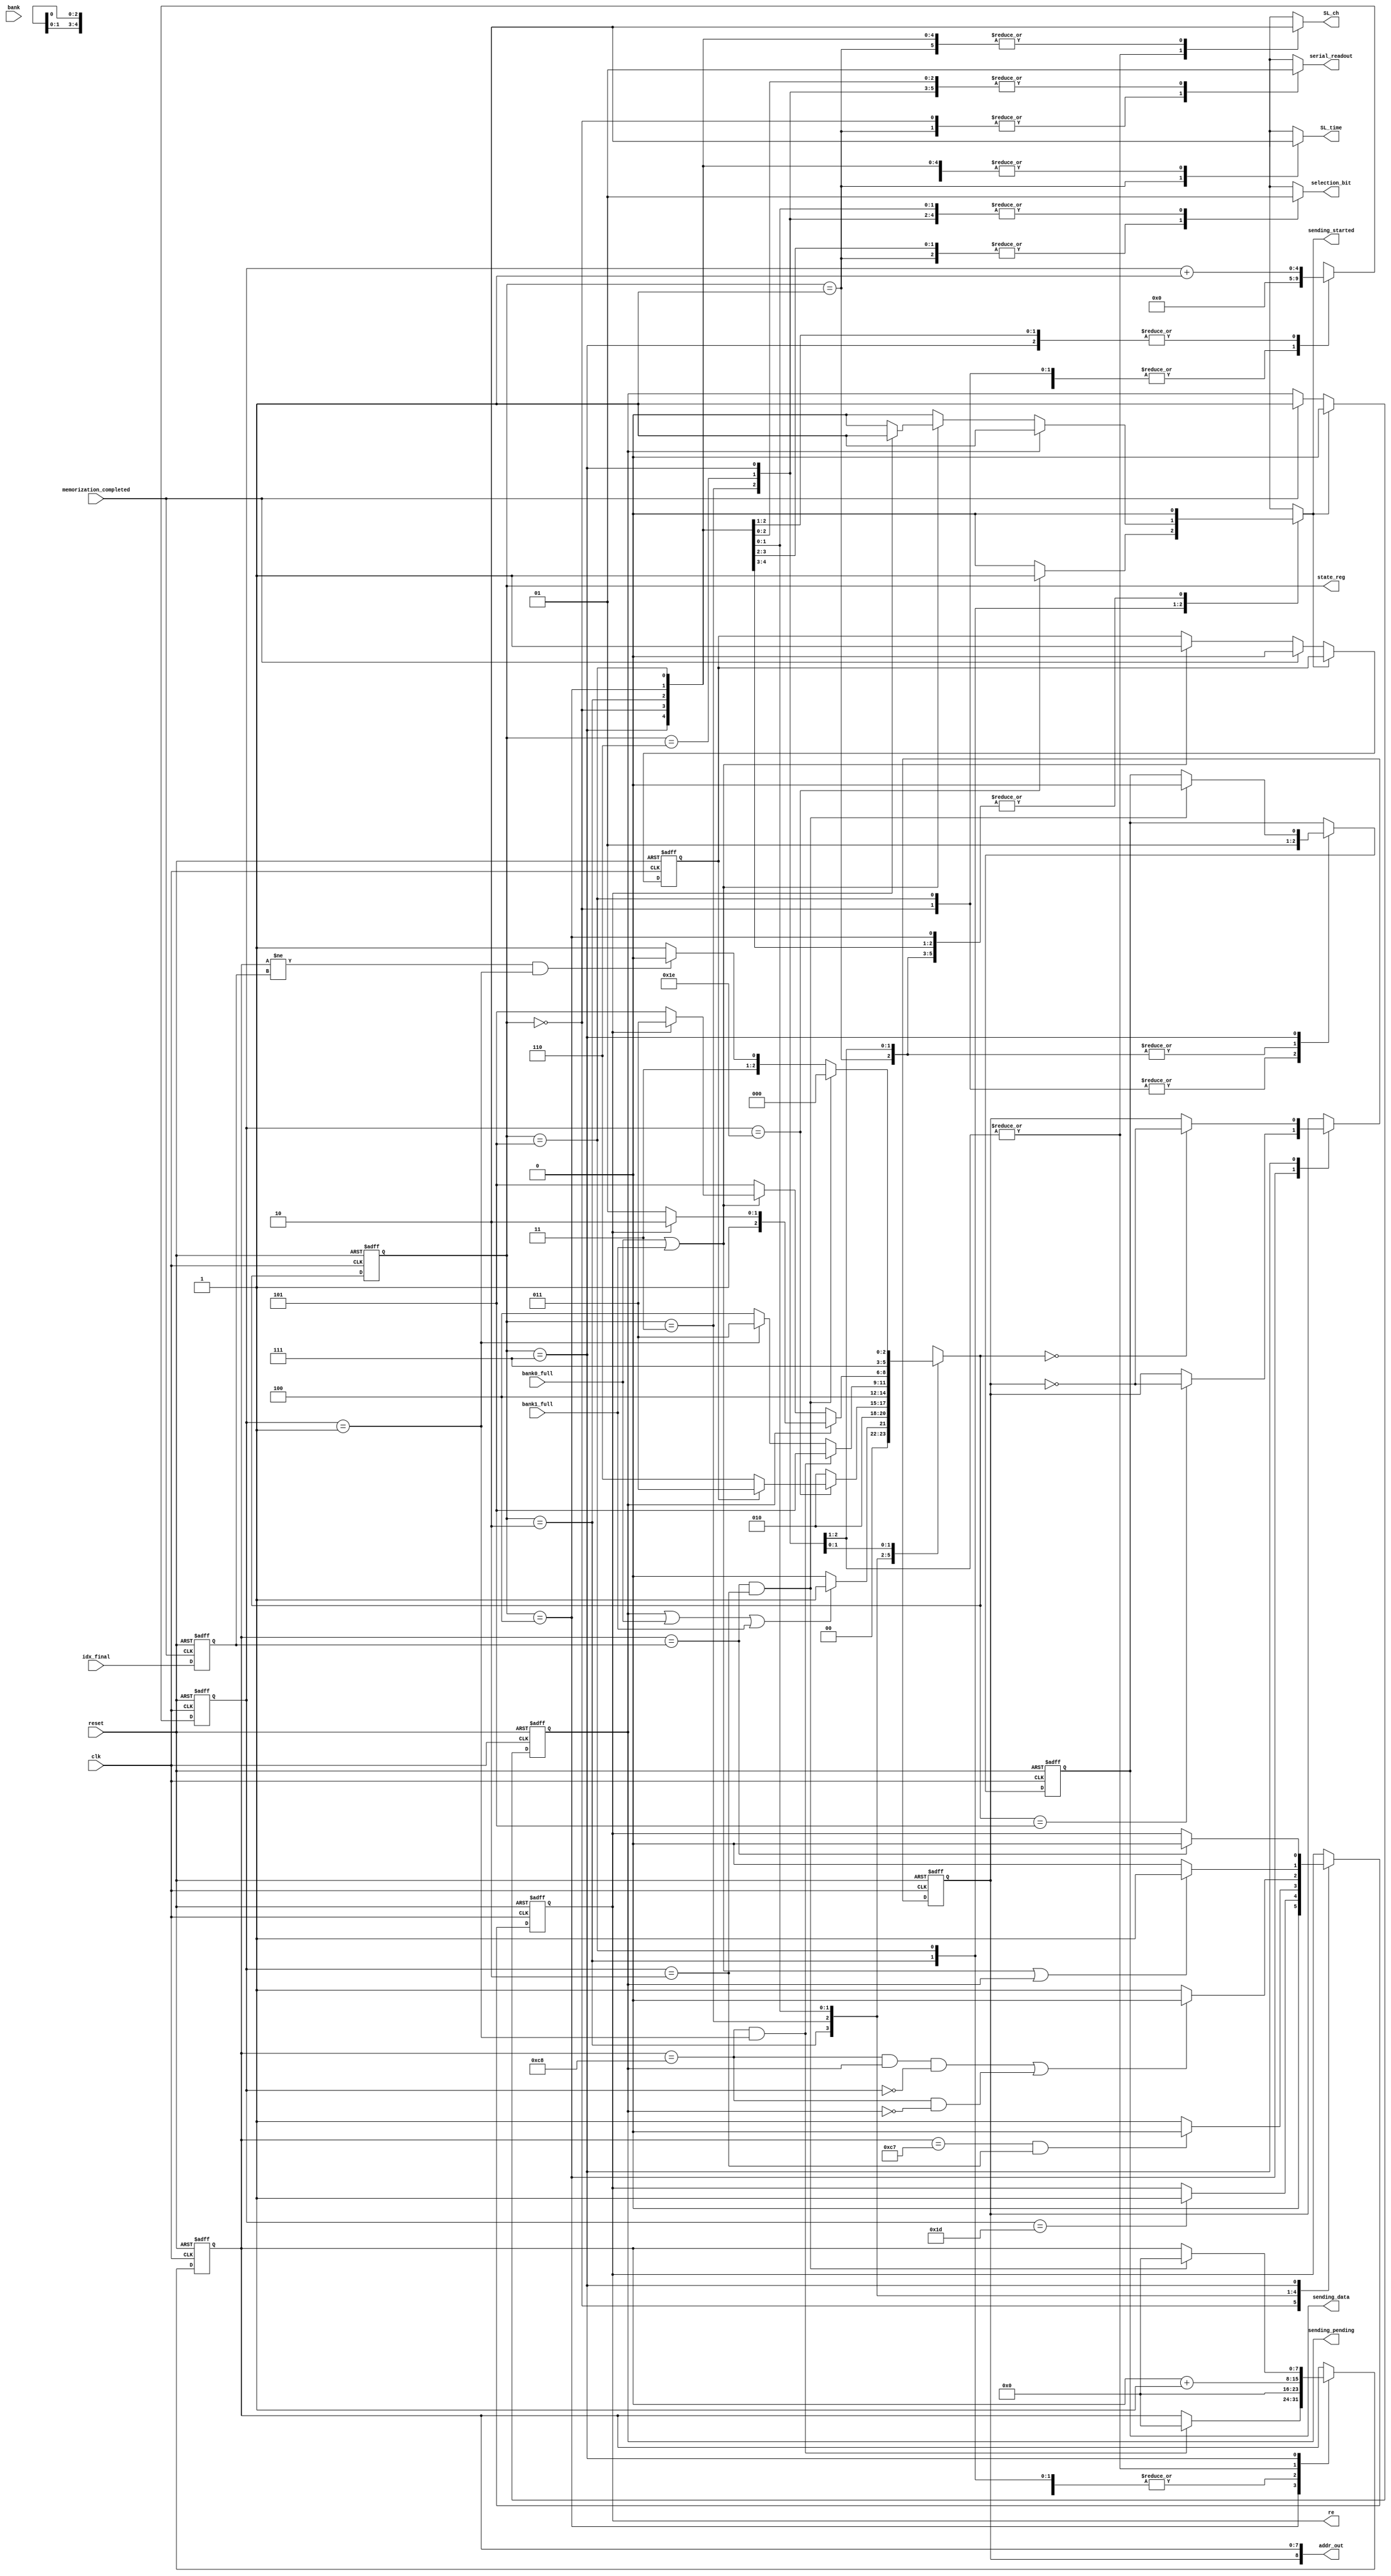
module FSM(
	input clk, reset, bank0_full, bank1_full, memorization_completed, bank,
	input [7:0] idx_final, 
	output [8:0] addr_out, 
	output reg [2:0] state_reg,
	output reg SL_ch, SL_time, selection_bit, re, serial_readout, sending_data, sending_started, sending_pending
	);


  
  reg [7:0] idx, reg_idx_final;
  reg [2:0] state_next;
  reg [4:0] cpt;
  reg signal_duration, read_bank;
  localparam [2:0]
  s0 = 0,
  s1 = 1,
  s2 = 2,
  s3 = 3,
  s4 = 4,
  s5 = 5,
  s6 = 6,
  s7 = 7;	

  //reg signal_duration; //0 => short signal (<200 us), 1 => long signal (>200us)
  //reg[2:0] state_reg, state_next;
  //reg sending_pending, sending_started;

  
  assign addr_out[7:0] = idx[7:0];
	assign addr_out[8] = read_bank;


// change state process
always @(posedge clk or posedge reset) begin
	if (reset) begin
		state_reg <= s0;
      	end 
	else begin        
      state_reg <=  state_next; 
    end
end


// sequential outputs of the state machine
// idx => counter for read address in memory
// re => read_enable
// cpt => counter for number of bits sent
// sending_data => '1' when bits are sent (RTC or memory)
always @(posedge clk or posedge reset) begin
	if(reset) begin
		re <= 0;
		cpt <= 0;
		idx <= 0;
		sending_data <= 0;
		 read_bank <= 0;
	end
	else begin
	case (state_reg)
		s0 : begin //wait for a emission
			re <= 0;
			cpt <= 0;
			idx <= 0;
			sending_data <= 0;
		end
		s1 : begin //load of RTC
			
			cpt <= 0;
			idx <= 0;
			sending_data <= 1;
		end
		s2 : begin //shift of RTC
			idx <= 0;
			cpt <= cpt + 1;//counter increment
			
			if(cpt == 5'b11101) begin //all bits of RTC have been sent => enable reading of memories
				re <= 1; 
			end
			
		end
		s3 : begin //load of memory data (in case of reading full memory)
			cpt <= 0;
			sending_data <= 1;
			
			idx <= idx + 1; //reading address increment
			if(idx == 199 && cpt == 2) begin // if the memory has been completely read => disable reading
				re <= 0;
			end
			else begin
				re <= 1;
			end
			
		end	
		s4 : begin //shift of memory data (in case of reading full memory)
			cpt <= cpt + 1; //counter increment
			
			if(idx == 200 && cpt == 1) begin //reset of idx counter when memory has been completely read 
				idx <= 0;
			end
			
			if(state_next == s5) begin
				read_bank <= ~read_bank;
			end
			
			// if memory has been completely read => disable reading
			if((idx==200 && sending_pending == 1 && cpt == 0) || (idx==200 && sending_pending == 0)) begin
				re <= 0;
			end
			else begin
				re <= 1;
			end
			
		end
		s5 : begin //waiting for sending next bank
			cpt <= 0;
			idx <= 0;
			sending_data <= 0;
			
			//memorization ended => enable reading
			if(bank0_full == 1 || bank1_full == 1 || sending_pending) begin
				re <= 1;
			end
			else begin
				re <= 0;
			end
			
		end 
		s6 : begin //load of memory data (in case of reading part of memory)
			cpt <= 0;
			idx <= idx + 1; //reading address increment
			sending_data <= 1;
		end
		s7 : begin//shift of memory data (in case of reading part of memory)
			cpt <= cpt + 1; //counter increment
			
			if(state_next == s0) begin
				read_bank <= ~read_bank;
			end
			
			//reset idx counter when the reading address reaches the final address
			if(idx == reg_idx_final  && cpt == 2) begin
				idx <= 0;
				sending_data <= 0;
				
			end
			
			if(idx == reg_idx_final) begin //when reaching final address => disable reading
				re <= 0;
			end
			
		end
		 endcase
	end                                                                              
end

// asynchronous process, when a memorization end => register final address
always @(posedge memorization_completed or posedge reset) begin

	if(reset) begin   
		reg_idx_final <= 0; 
	end
	else begin
		reg_idx_final <= idx_final;						
	end                                                                   
end
 
// sequential outputs which do not depend on the state
// signal_duration => when '1', a bank has been completely filled (AE last longer than 200 us)
// sending_pending => '1' when the acquisition ended but readout is still in progress 
always @(posedge clk or posedge reset) begin

	if(reset) begin
		signal_duration <= 0; 
      sending_pending <= 0;  
	end
	else begin
		if(sending_started) begin
			sending_pending <= 0;
		end
		else if(memorization_completed) begin
			sending_pending <= 1; 
			signal_duration <= 0; //short signal
		end
		else if(bank0_full || bank1_full) begin
			signal_duration <= 1; //long signal	
		end
	end                                                                   
end
/*
//asynchonous process for changing bank, when a sending starts => changing the bank to read into
always @(posedge sending_started or posedge reset) begin
	if(reset) begin
      read_bank <= 1;  
	end
	else if(sending_started) begin
		read_bank <= ~read_bank;
	end
end
*/

//combinatory outputs of the state machine
//sending_started => pulse when we start to read memory 
//serial_readout => '1' when datas of an AE are sent
always @(*) begin 

	//Default
   state_next = state_reg;
	SL_ch = 0;
	SL_time = 0;
	selection_bit = 0;
	serial_readout = 0;
	sending_started = 0;

        case (state_reg)
            s0 : begin
					SL_ch = 0;
					SL_time = 0;
					selection_bit = 0;
					serial_readout = 0;
					sending_started = 0;

					//a acquisition ended => start sate machine
					if (sending_pending == 1 || bank0_full== 1 || bank1_full== 1) begin 
                    	state_next = s1;
					end
					else begin
                    	state_next = s0;
					end	
					
				end
				
            s1: begin//load of RTC

					SL_ch = 0;
					SL_time = 1;
					serial_readout = 0;
					selection_bit = 0;
					sending_started = 0;
					state_next = s2;

				end	  
				
            s2: begin //shift of RTC

					serial_readout = 1;
					SL_ch = 0;
					SL_time = 0;
					selection_bit = 0;
					
					//when all the bits of RTC have been sent => sending of memory
					if (cpt == 5'b11110) begin    
						sending_started = 1;
						if(signal_duration) begin	
							state_next = s3; //full memory must be read
						end
						else begin
							state_next = s6; //part of memory must be read
						end
					end
					else begin
						sending_started = 0;
                  state_next = s2;
					end
				end
            s3: begin //load of memory data (in case of reading full memory)

					selection_bit = 1;
					serial_readout = 1;
					SL_ch = 1;
					SL_time = 0;
					sending_started = 0;
               state_next = s4;

				end
				
            s4: begin//shift of channel memory (in case of reading full memory)

					selection_bit = 1;
					serial_readout = 1;
					SL_ch = 0;
					SL_time = 0;
					sending_started = 0;
	
					if (idx == 200 && cpt == 1) begin //all memory has been read => wait for next sending     
						state_next = s5;
					end
					else if (cpt == 1) begin 
						state_next = s3;
					end
					else begin
						state_next = s4;
					end
				end

            s5: begin//waiting for sending next bank
				
					selection_bit = 1;
					SL_ch = 0;
					SL_time = 0;
					serial_readout = 1;
		

					if (sending_pending == 1) begin //part of a bank must be sent  
						sending_started = 1;
						if(re == 1) begin //check that reading has been enable
							state_next = s6;	
						end
						else begin 
							state_next = s5;
						end
					end
					else if(bank0_full == 1 || bank1_full == 1) begin //full bank must be sent 
						
						if(re == 1) begin //check that reading has been enable
							sending_started = 1;
							state_next = s3;
						end
						else begin
							sending_started = 0;
							state_next = s5;
						end
				
					end
					else begin
						sending_started = 0;
						state_next = s5;
					end
				end

            s6: begin //load of channel memory (in case of reading part of memory)

					selection_bit = 1;
					SL_ch = 1;
					SL_time = 0;
					serial_readout = 1;
					sending_started = 0;
               state_next = s7;

				end

				s7: begin//shift of channel memory (in case of reading part of memory)

					selection_bit = 1;
					serial_readout = 1;
					SL_ch = 0;
					SL_time = 0;
					sending_started = 0;

					//all the datas of an AE have been sent => return to state S0
					if (idx == reg_idx_final && cpt == 2) begin 
						state_next = s0;
					end
					else if (idx != reg_idx_final && cpt == 1) begin
						state_next = s6;
					end
					else begin
						state_next = s7;
					end
				end    
        endcase
 
end


endmodule